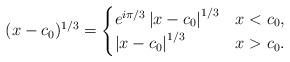
LaTeX: \begin{align*}(x-c_{0})^{1/3}=\begin{cases}e^{i\pi/3}\left|x-c_{0}\right|^{1/3} & x<c_{0},\\\left|x-c_{0}\right|^{1/3} & x>c_{0}.\end{cases}\end{align*}